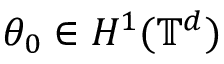
\theta _ { 0 } \in H ^ { 1 } ( \ensuremath { \mathbb { T } } ^ { d } )